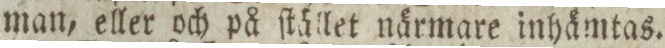
man, eller och på ſtället närmare inhämtas.